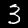
Label: 3